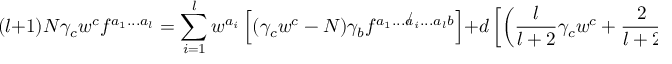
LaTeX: ( l + 1 ) N \gamma _ { c } w ^ { c } f ^ { a _ { 1 } . . . a _ { l } } = \sum _ { i = 1 } ^ { l } w ^ { a _ { i } } \left[ ( \gamma _ { c } w ^ { c } - N ) \gamma _ { b } f ^ { a _ { 1 } . . . { \not a _ { i } } . . . a _ { l } b } \right] + d \left[ \left( \frac { l } { l + 2 } \gamma _ { c } w ^ { c } + \frac { 2 } { l + 2 } N \right) \gamma _ { b } j ^ { a _ { 1 } . . . a _ { l } b } \right] ,